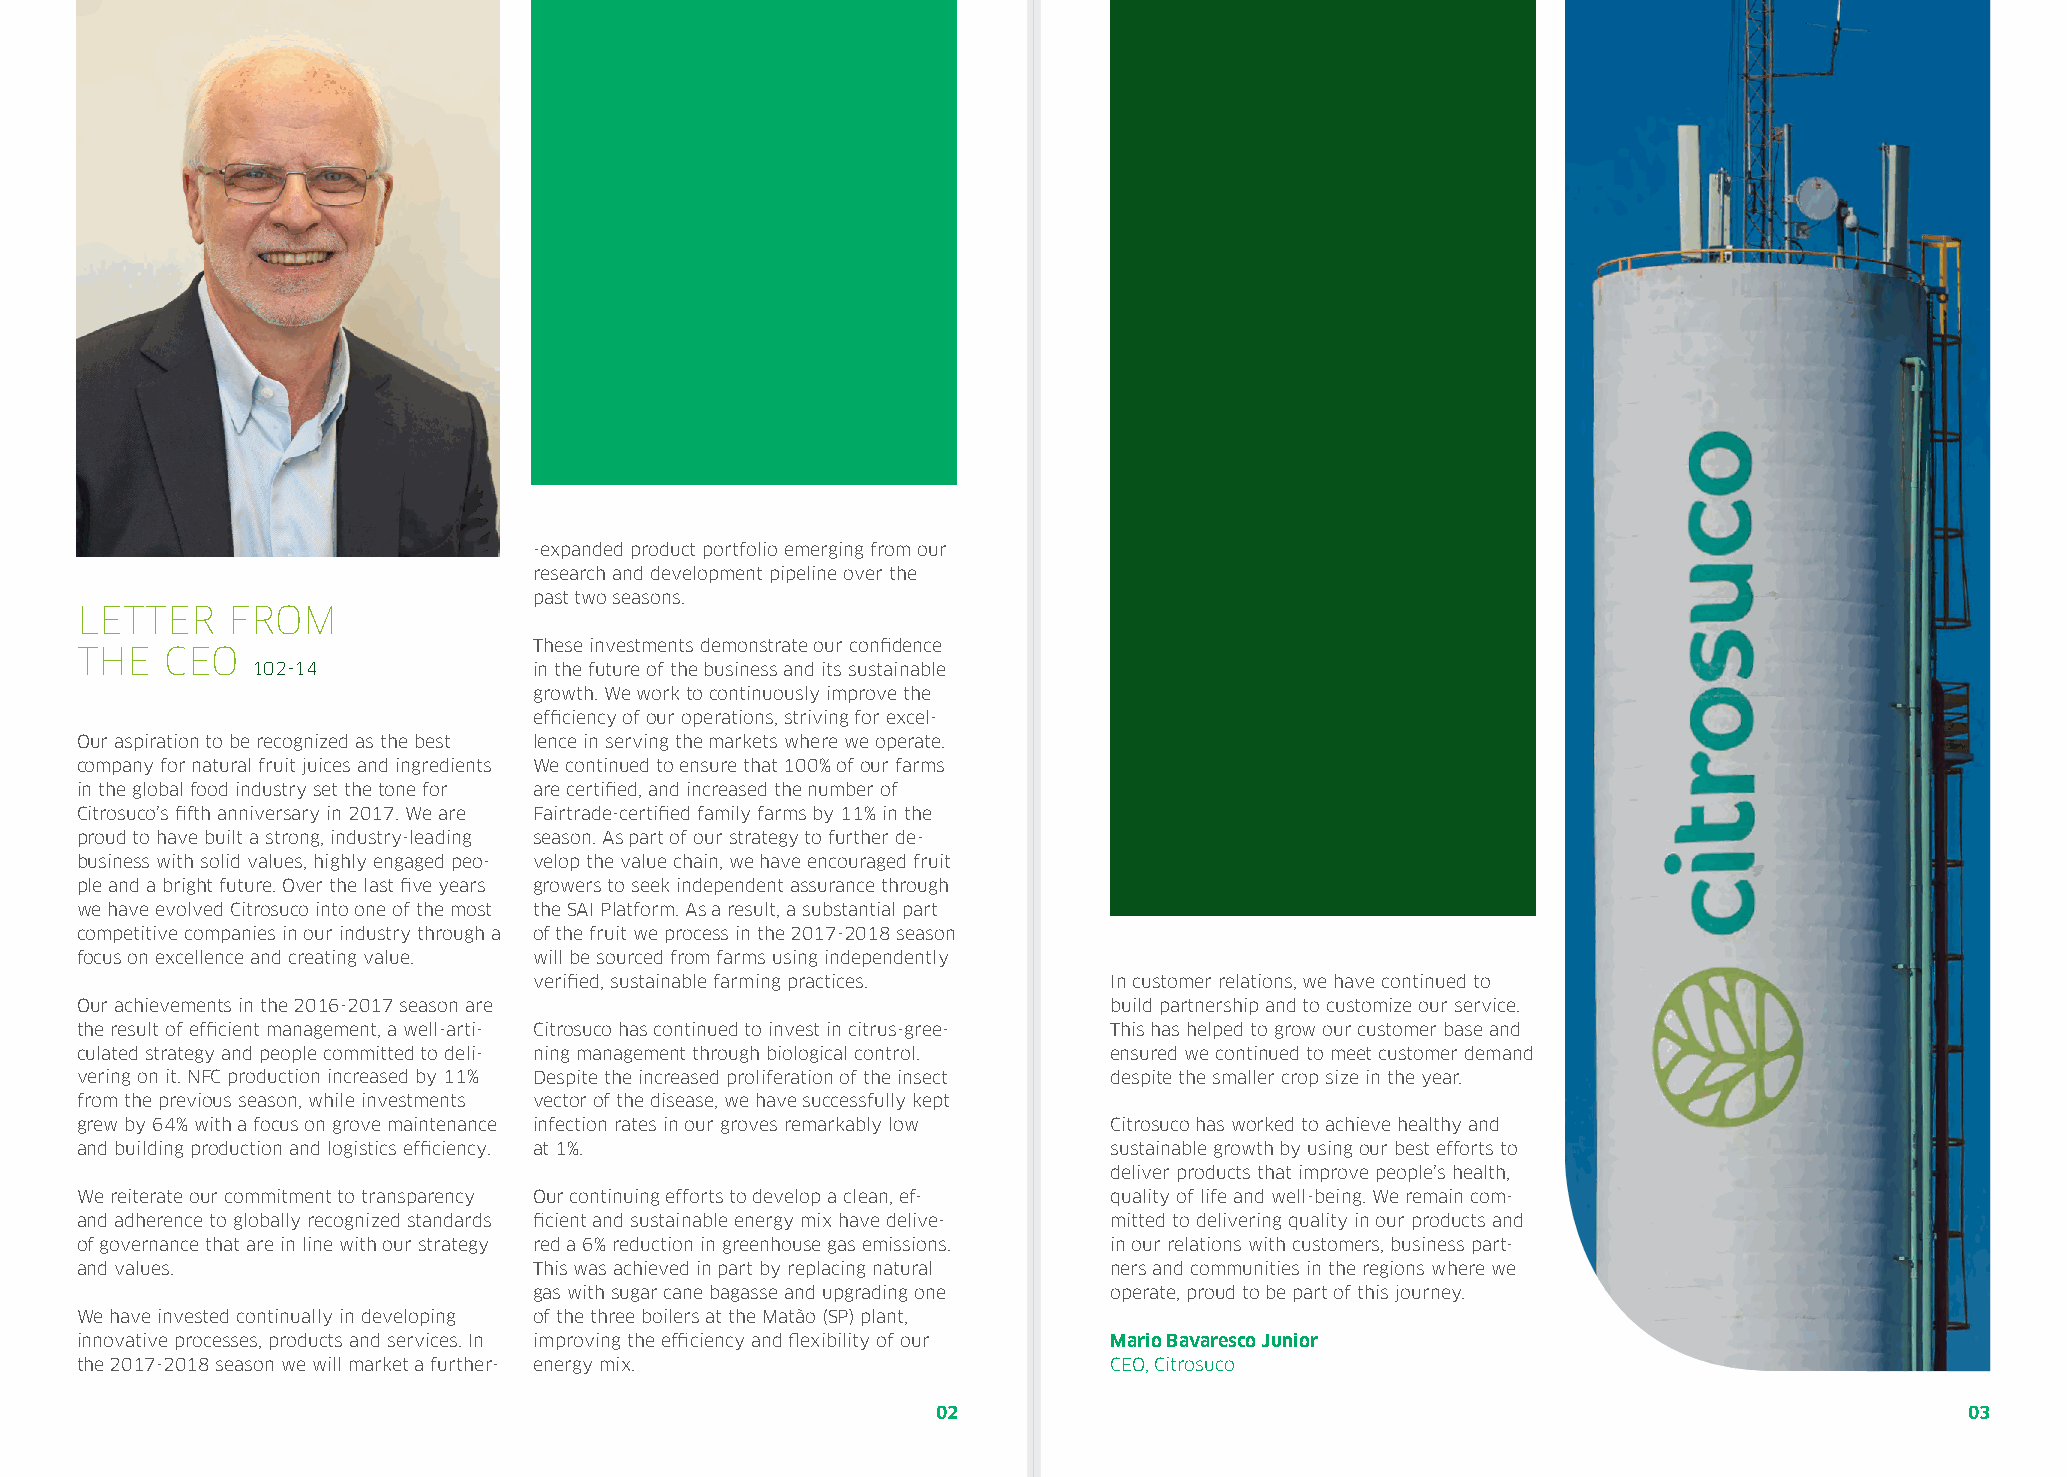
-expanded product portfolio emerging from our
 research and development pipeline over the
 past two seasons.
 LETTER    FROM
 These investments demonstrate our confidence
 THE   CEO
 102-14            in the future of the business and its sustainable
 growth. We work to continuously improve the
 efficiency of our operations, striving for excel-
 Our aspiration to be recognized as the best lence in serving the markets where we operate.
 company for natural fruit juices and ingredients We continued to ensure that 100% of our farms
 in the global food industry set the tone for are certified, and increased the number of
 Citrosuco’s fifth anniversary in 2017. We are Fairtrade-certified family farms by 11% in the
 proud to have built a strong, industry-leading season. As part of our strategy to further de-
 business with solid values, highly engaged peo- velop the value chain, we have encouraged fruit
 ple and a bright future. Over the last five years growers to seek independent assurance through
 we have evolved Citrosuco into one of the most the SAI Platform. As a result, a substantial part
 competitive companies in our industry through a of the fruit we process in the 2017-2018 season
 focus on excellence and creating value. will be sourced from farms using independently
 verified, sustainable farming practices. In customer relations, we have continued to
 Our achievements in the 2016-2017 season are                         build partnership and to customize our service.
 the result of efficient management, a well-arti- Citrosuco has continued to invest in citrus-gree- This has helped to grow our customer base and
 culated strategy and people committed to deli- ning management through biological control. ensured we continued to meet customer demand
 vering on it. NFC production increased by 11% Despite the increased proliferation of the insect despite the smaller crop size in the year.
 from the previous season, while investments vector of the disease, we have successfully kept
 grew by 64% with a focus on grove maintenance infection rates in our groves remarkably low Citrosuco has worked to achieve healthy and
 and building production and logistics efficiency. at 1%.             sustainable growth by using our best efforts to
 deliver products that improve people’s health,
 We reiterate our commitment to transparency Our continuing efforts to develop a clean, ef- quality of life and well-being. We remain com-
 and adherence to globally recognized standards ficient and sustainable energy mix have delive- mitted to delivering quality in our products and
 of governance that are in line with our strategy red a 6% reduction in greenhouse gas emissions. in our relations with customers, business part-
 and values.                   This was achieved in part by replacing natural ners and communities in the regions where we
 gas with sugar cane bagasse and upgrading one operate, proud to be part of this journey.
 We have invested continually in developing of the three boilers at the Matão (SP) plant,
 innovative processes, products and services. In improving the efficiency and flexibility of our Mario Bavaresco Junior
 the 2017-2018 season we will market a further- energy mix.           CEO, Citrosuco
 02                                                                  03